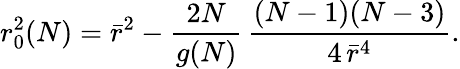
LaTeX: r_{0}^{2}(N)=\bar{r}^{2}-\frac{2N}{g(N)}\, \frac{(N-1)(N-3)}{4\, \bar{r}^{4}}.